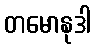
တမောနုဒါ